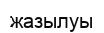
жазылуы